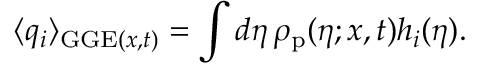
\langle q _ { i } \rangle _ { \mathrm { G G E } ( x , t ) } = \int d \eta \, \rho _ { \mathrm { p } } ( \eta ; x , t ) h _ { i } ( \eta ) .